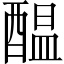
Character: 醖